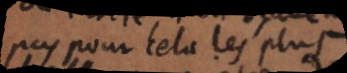
pas pour cela les plus